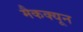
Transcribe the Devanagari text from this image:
मैकक्यून